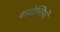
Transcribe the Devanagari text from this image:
बायोप्‍िसयों